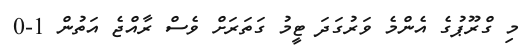
މި ގްރޫޕުގެ އެންމެ ވަރުގަދަ ޓީމު ގަތަރަށް ވެސް ރާއްޖެ އަތުން 1-0